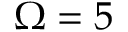
\Omega = 5